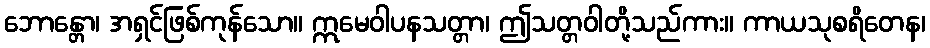
ဘောန္တော၊ အရှင်ဖြစ်ကုန်သော။ ဣမေဝါပနသတ္တာ၊ ဤသတ္တဝါတို့သည်ကား။ ကာယသုစရိတေန၊